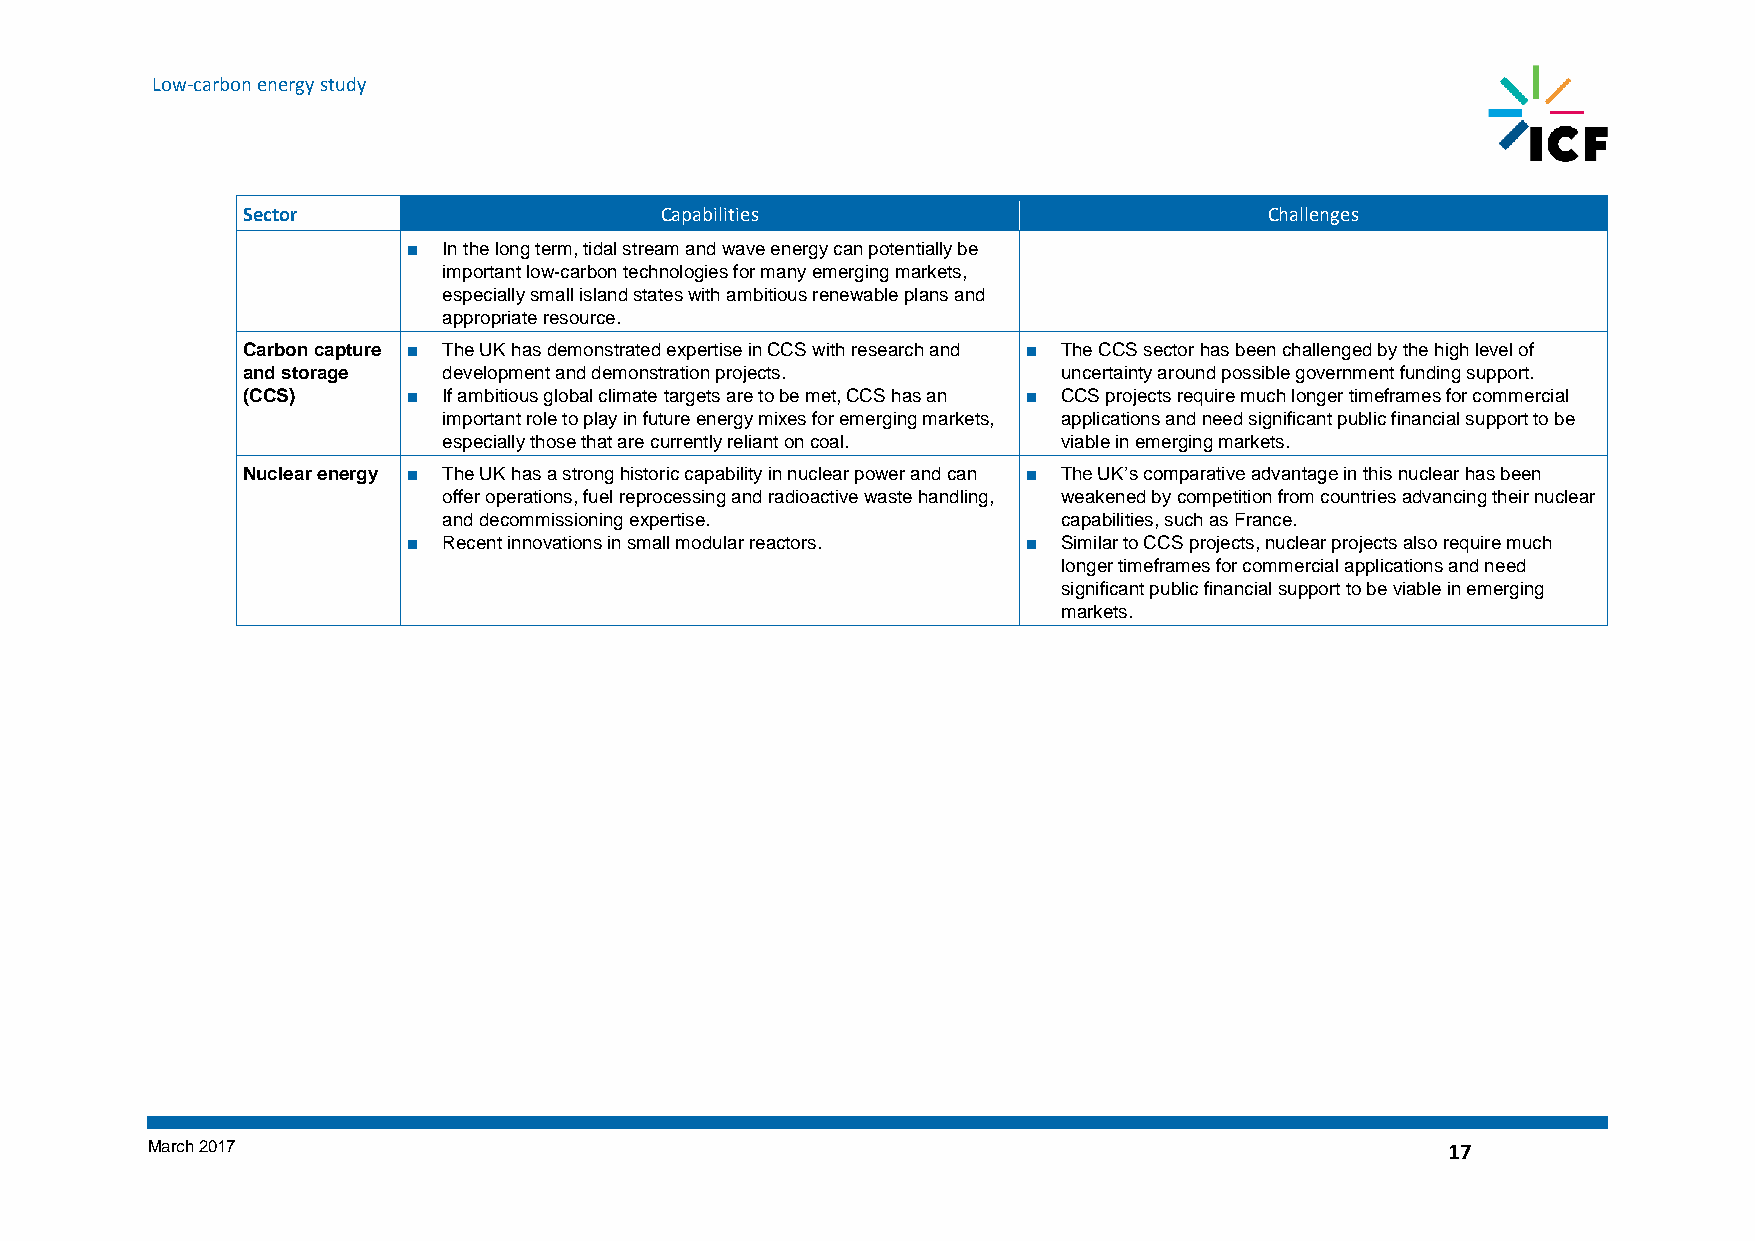
Low-carbon energy study
 Sector                      Capabilities                            Challenges
 ■ In the long term, tidal stream and wave energy can potentially be
 important low-carbon technologies for many emerging markets,
 especially small island states with ambitious renewable plans and
 appropriate resource.
 Carbon capture ■ The UK has demonstrated expertise in CCS with research and ■ The CCS sector has been challenged by the high level of
 and storage  development and demonstration projects.  uncertainty around possible government funding support.
 (CCS)      ■ If ambitious global climate targets are to be met, CCS has an ■ CCS projects require much longer timeframes for commercial
 important role to play in future energy mixes for emerging markets, applications and need significant public financial support to be
 especially those that are currently reliant on coal. viable in emerging markets.
 Nuclear energy ■ The UK has a strong historic capability in nuclear power and can ■ The UK’s comparative advantage in this nuclear has been
 offer operations, fuel reprocessing and radioactive waste handling, weakened by competition from countries advancing their nuclear
 and decommissioning expertise.           capabilities, such as France.
 ■ Recent innovations in small modular reactors. ■ Similar to CCS projects, nuclear projects also require much
 longer timeframes for commercial applications and need
 significant public financial support to be viable in emerging
 markets.
 March 2017                                                                            17